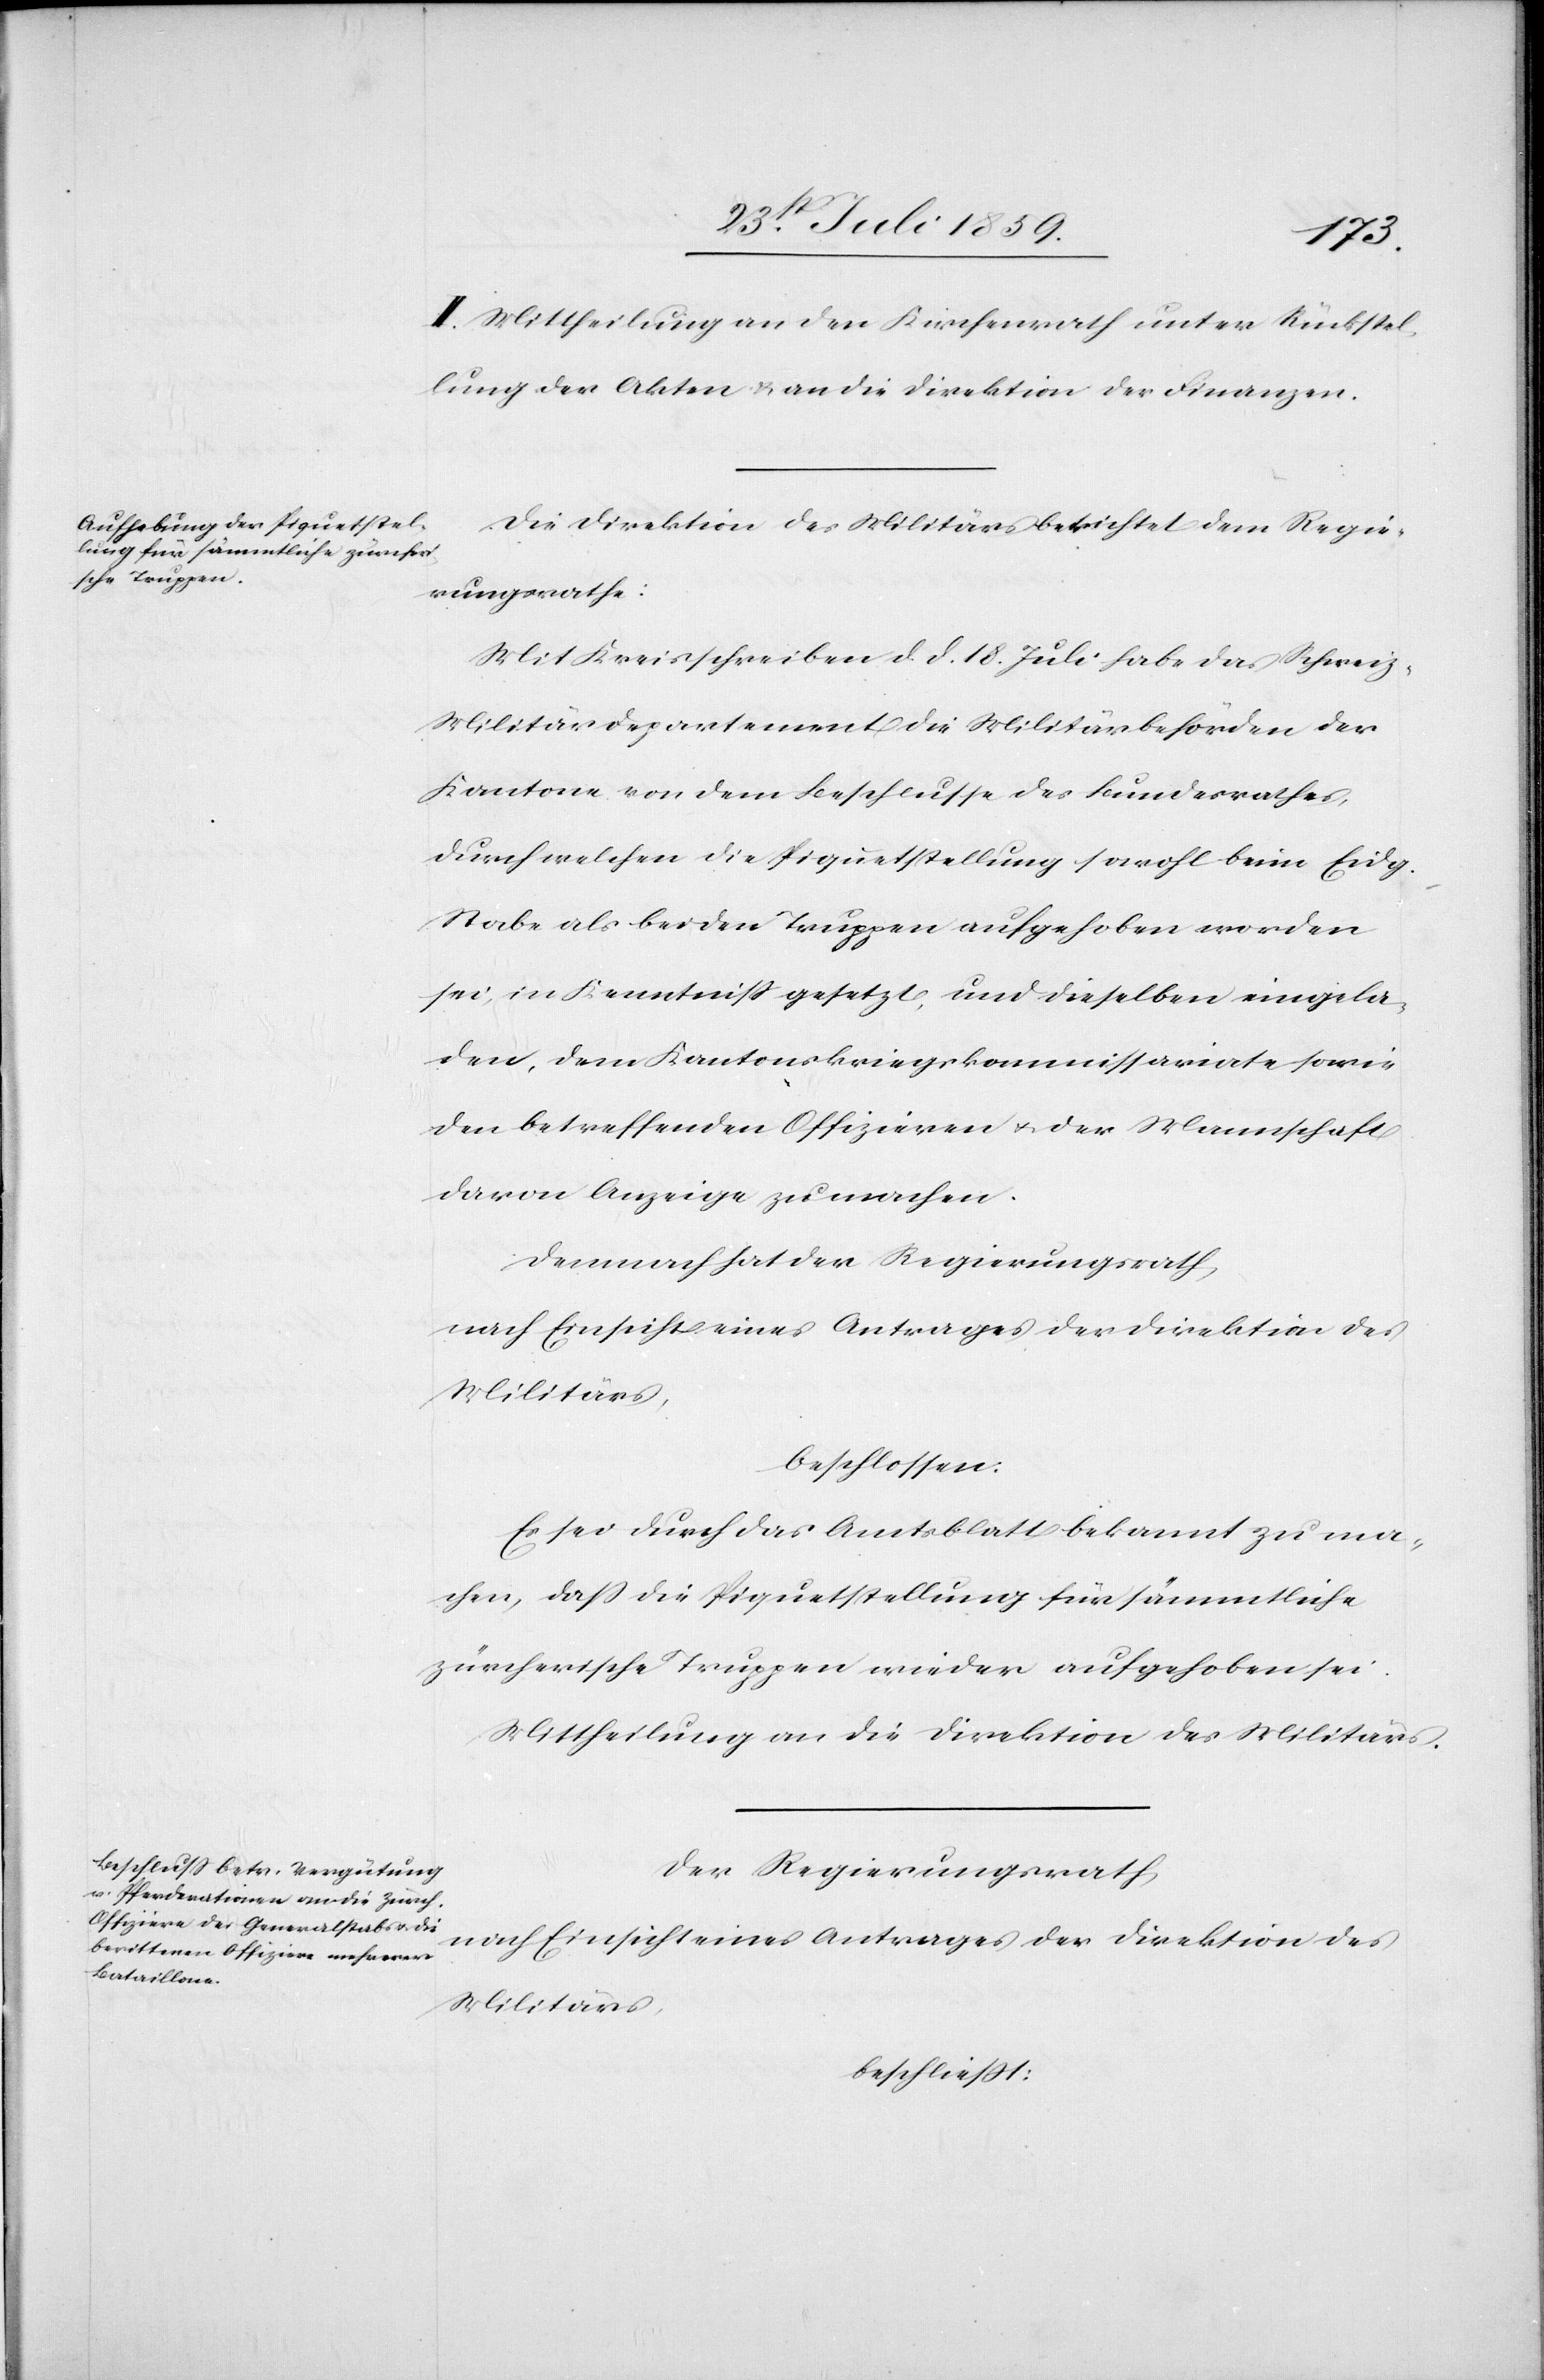
II. Mittheilung an den Kirchenrath unter Rückstel¬
lung der Akten u. an die Direktion der Finanzen.
Die Direktion des Militärs berichtet dem Regie¬
rungsrathe:
Mit Kreisschreiben d. d. 18. Juli habe das Schweiz.
Militärdepartement die Militärbehörde der
Kantone von dem Beschlusse des Bundesrathes,
durch welchen die Piquetstellung sowohl beim Eidg.
Stabe als bei den Truppen aufgehoben worden
sei, in Kenntniß gesetzt, und dieselben eingela¬
den, dem Kantonskriegskommissariate sowie
den betreffenden Offizieren u. der Mannschaft
davon Anzeige zu machen.
Demnach hat der Regierungsrath,
nach Einsicht eines Antrages der Direktion des
Militärs,
beschlossen:
Es sei durch das Amtsblatt bekannt zu ma¬
chen, daß die Piquetstellung für sämmtliche
zürcherische Truppen wieder aufgehoben sei.
Mittheilung an die Direktion des Militärs.
Der Regierungsrath,
nach Einsicht eines Antrages der Direktion des
Militärs,
beschließt: